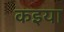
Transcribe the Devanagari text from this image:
कइया